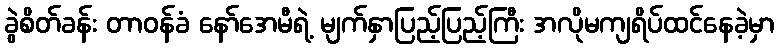
ခွဲစိတ်ခန်း တာဝန်ခံ နော်အေမီရဲ့ မျက်နှာပြည့်ပြည့်ကြီး အလိုမကျရိပ်ထင်နေခဲ့မှာ